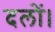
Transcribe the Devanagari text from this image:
दलों।